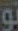
تو